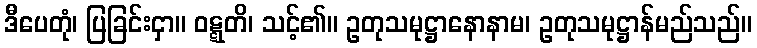
ဒီပေတုံ၊ ပြခြင်းငှာ။ ဝဋ္ဋတိ၊ သင့်၏။ ဥတုသမုဋ္ဌာနောနာမ၊ ဥတုသမုဋ္ဌာန်မည်သည်။